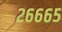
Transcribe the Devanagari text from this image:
२६६६५